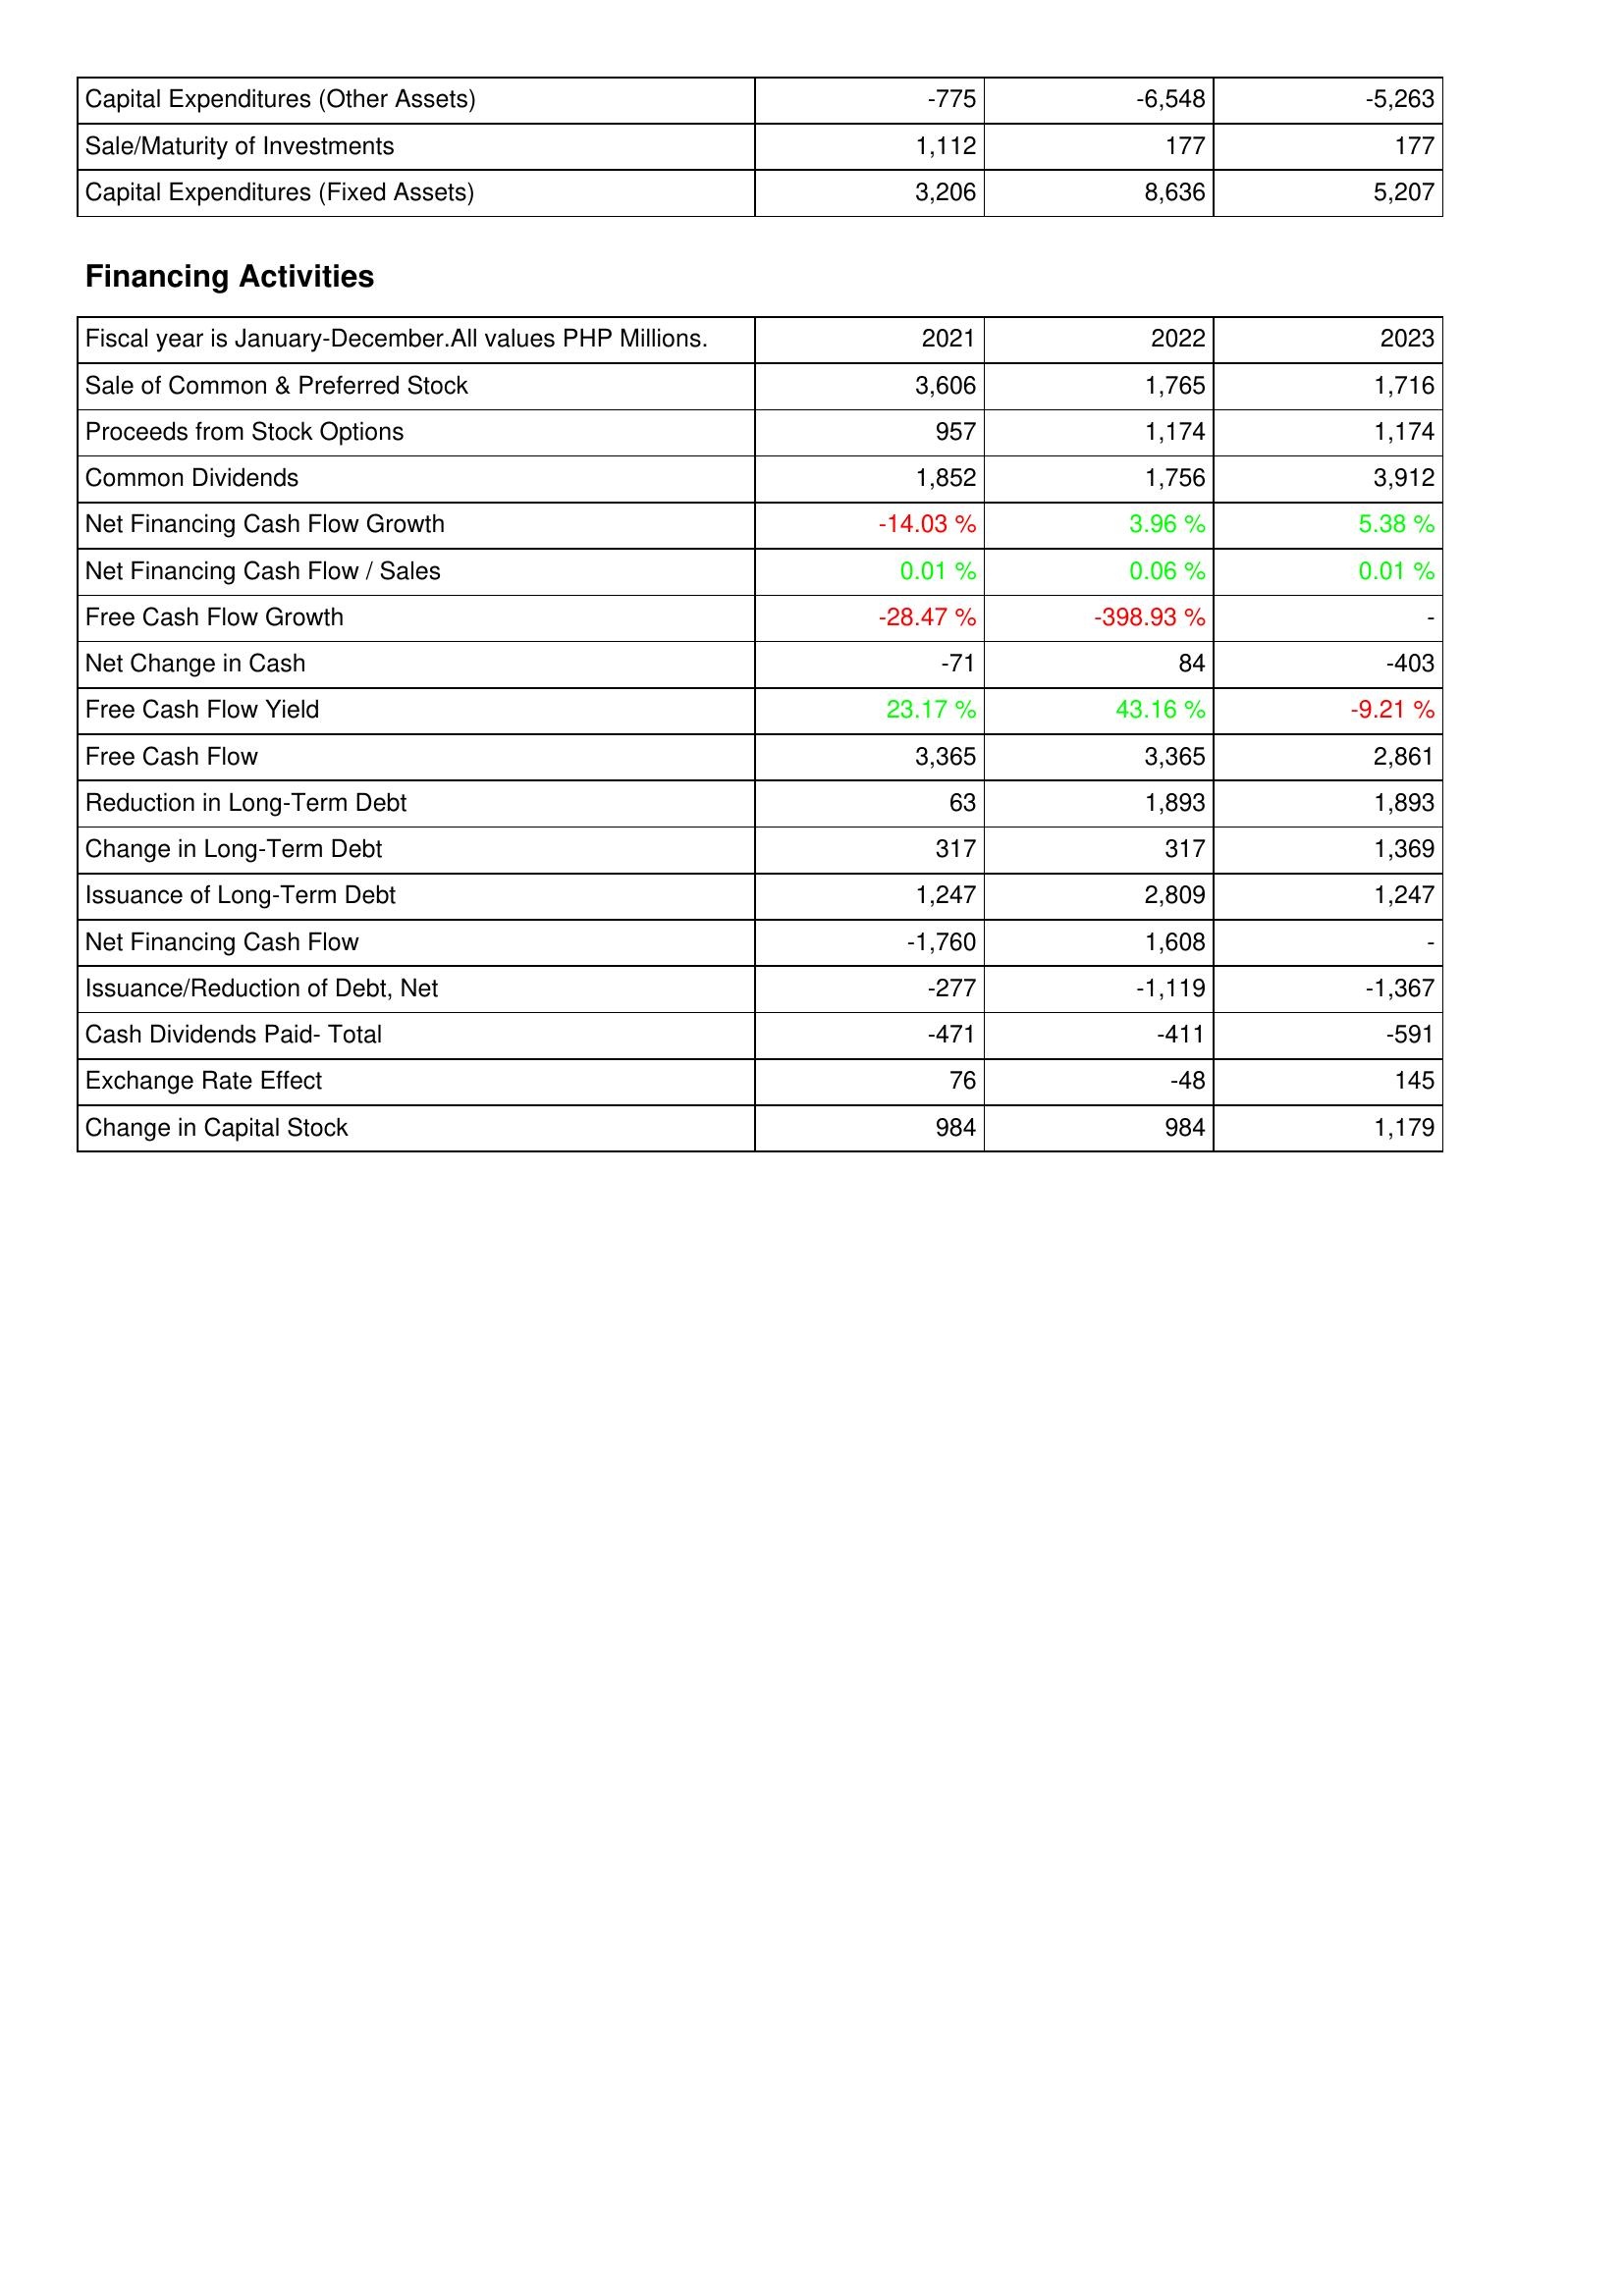
2021: Investing Activities: Capital Expenditures (Other Assets): -775
Sale/Maturity of Investments: 1,112
Capital Expenditures (Fixed Assets): 3,206
Financing Activities: Sale of Common & Preferred Stock: 3,606
Proceeds from Stock Options: 957
Common Dividends: 1,852
Net Financing Cash Flow Growth: -14.03 %
Net Financing Cash Flow / Sales: 0.01 %
Free Cash Flow Growth: -28.47 %
Net Change in Cash: -71
Free Cash Flow Yield: 23.17 %
Free Cash Flow: 3,365
Reduction in Long-Term Debt: 63
Change in Long-Term Debt: 317
Issuance of Long-Term Debt: 1,247
Net Financing Cash Flow: -1,760
Issuance/Reduction of Debt, Net: -277
Cash Dividends Paid- Total: -471
Exchange Rate Effect: 76
Change in Capital Stock: 984
2022: Investing Activities: Capital Expenditures (Other Assets): -6,548
Sale/Maturity of Investments: 177
Capital Expenditures (Fixed Assets): 8,636
Financing Activities: Sale of Common & Preferred Stock: 1,765
Proceeds from Stock Options: 1,174
Common Dividends: 1,756
Net Financing Cash Flow Growth: 3.96 %
Net Financing Cash Flow / Sales: 0.06 %
Free Cash Flow Growth: -398.93 %
Net Change in Cash: 84
Free Cash Flow Yield: 43.16 %
Free Cash Flow: 3,365
Reduction in Long-Term Debt: 1,893
Change in Long-Term Debt: 317
Issuance of Long-Term Debt: 2,809
Net Financing Cash Flow: 1,608
Issuance/Reduction of Debt, Net: -1,119
Cash Dividends Paid- Total: -411
Exchange Rate Effect: -48
Change in Capital Stock: 984
2023: Investing Activities: Capital Expenditures (Other Assets): -5,263
Sale/Maturity of Investments: 177
Capital Expenditures (Fixed Assets): 5,207
Financing Activities: Sale of Common & Preferred Stock: 1,716
Proceeds from Stock Options: 1,174
Common Dividends: 3,912
Net Financing Cash Flow Growth: 5.38 %
Net Financing Cash Flow / Sales: 0.01 %
Free Cash Flow Growth: -
Net Change in Cash: -403
Free Cash Flow Yield: -9.21 %
Free Cash Flow: 2,861
Reduction in Long-Term Debt: 1,893
Change in Long-Term Debt: 1,369
Issuance of Long-Term Debt: 1,247
Net Financing Cash Flow: -
Issuance/Reduction of Debt, Net: -1,367
Cash Dividends Paid- Total: -591
Exchange Rate Effect: 145
Change in Capital Stock: 1,179